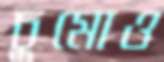
চুমোও